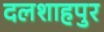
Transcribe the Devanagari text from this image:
दलशाहपुर